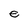
Character: e